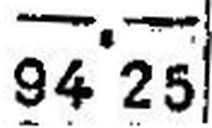
94.25